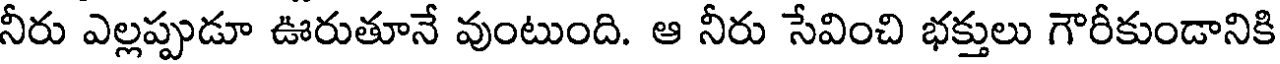
నీరు ఎల్లప్పుడూ ఊరుతూనే వుంటుంది. ఆ నీరు సేవించి భక్తులు గౌరీకుండానికి